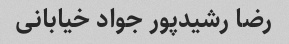
رضا رشیدپور جواد خیابانی